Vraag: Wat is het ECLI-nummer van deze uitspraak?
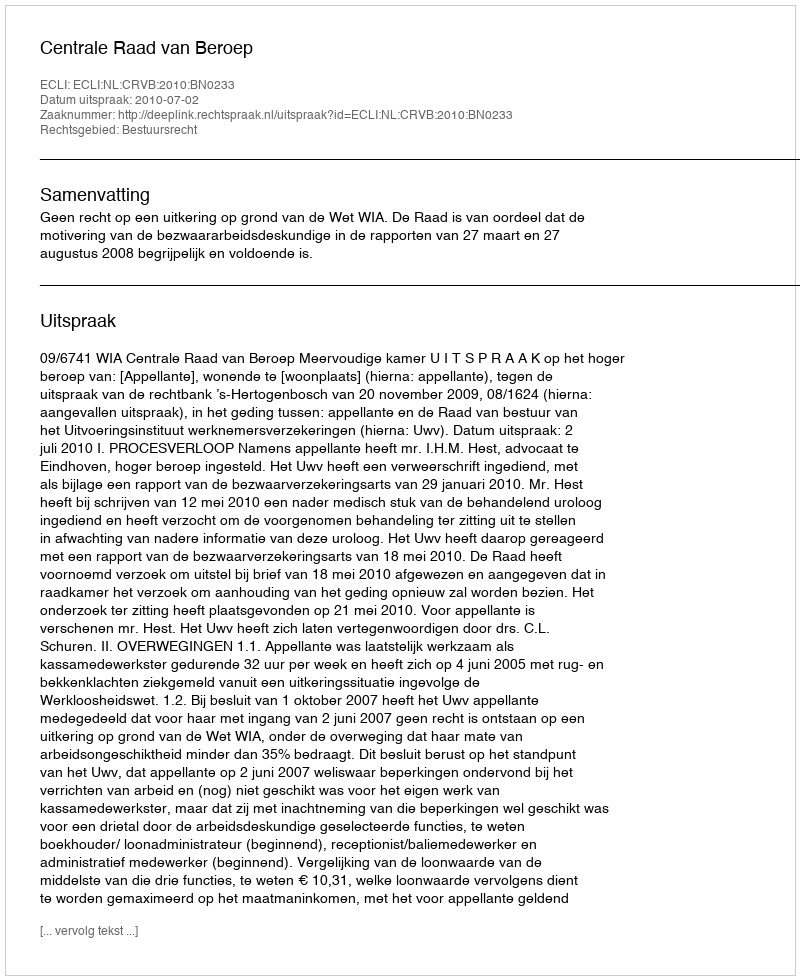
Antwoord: ECLI:NL:CRVB:2010:BN0233